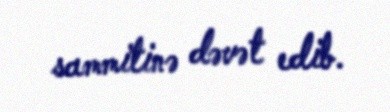
sammitinə dəvət edib.